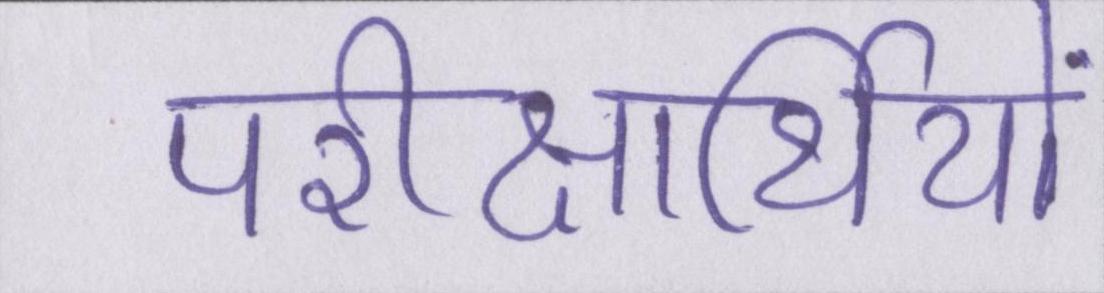
परीक्षार्थियों